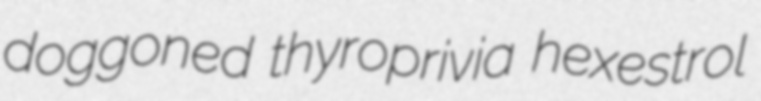
doggoned thyroprivia hexestrol